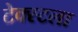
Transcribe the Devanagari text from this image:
टेक्स्टला